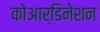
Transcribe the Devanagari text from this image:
कोआर्डिनेशन